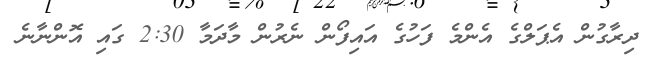
ދިރާގުން އެޕަލްގެ އެންމެ ފަހުގެ އައިފޯން ނެރުން މާދަމާ 2:30 ގައި އޮންނާނެ